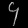
Digit: ၄